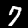
Digit: 7